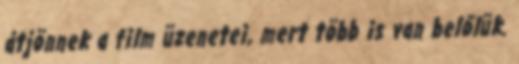
átjönnek a film üzenetei, mert több is van belőlük.